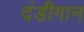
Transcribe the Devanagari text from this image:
दंडीगान